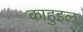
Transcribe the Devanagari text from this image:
काहुइल